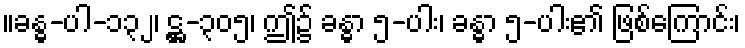
။ခန္ဓ-ပါ-၁၃၂၊ ဋ္ဌ-၃၀၅၊ ဤ၌ ခန္ဓာ ၅-ပါး၊ ခန္ဓာ ၅-ပါး၏ ဖြစ်ကြောင်း၊